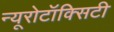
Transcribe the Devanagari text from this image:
न्यूरोटॉक्सिटी